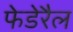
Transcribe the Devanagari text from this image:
फेडेरैल